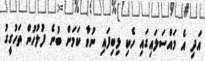
އަދި އެ މައްސަލައިގައި ހެކި ލިބިފައި ނުވާ ކަމަށް ބުނެ ފުލުހުން ތަހުގީގު